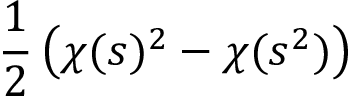
{ \frac { 1 } { 2 } } \left( \chi ( s ) ^ { 2 } - \chi ( s ^ { 2 } ) \right)